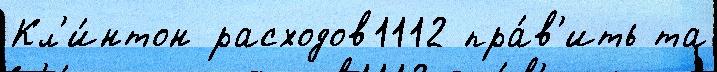
Кл'и́нтон расходов1112 пра́в'ить та